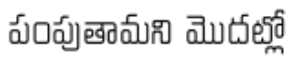
పంపుతామని మొదట్లో